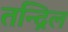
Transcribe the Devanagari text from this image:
तन्द्रिल